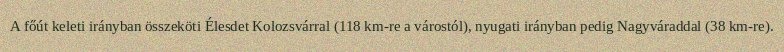
A főút keleti irányban összeköti Élesdet Kolozsvárral (118 km-re a várostól), nyugati irányban pedig Nagyváraddal (38 km-re).